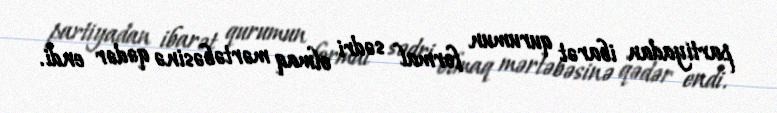
partiyadan ibarət qurumun formal sədri olmaq mərtəbəsinə qədər endi.